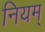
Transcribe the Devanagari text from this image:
नियम्